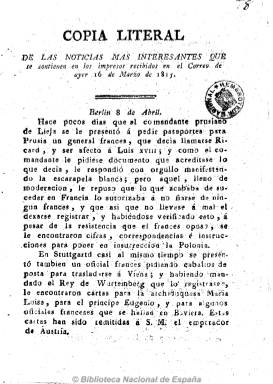
Título: Copia literal de las noticias más interesantes que se contienen en los impresos recibidos en el correo de ...
Otros títulos: Copia literal de las noticias más interesantes que traen los papeles de este correo
Colección: Periódicos anteriores a 1850
Ámbito geográfico: Sevilla
Lugar de publicación: Sevilla
Fechas: 16/03/1815-26/04/1820

Periódico del que se desconoce su periodicidad o si la tuvo fija, que salió “con licencia” de la imprenta sevillana de Padrino, desde principios de 1815 hasta 1820, en números de cuatro y ocho páginas. Estrictamente noticioso, tal como se desprende de su mismo título, publica noticias extractadas y breves tanto de Europa como de España, así como artículos de oficio, sacadas de otros periódicos e impresos, como la Gazeta de Madrid, durante un periodo de fuerte restricción de la libertad de expresión en el primer periodo del reinado de Fernando VII. También se tituló: Copia literal de las noticias más interesantes que traen los papeles de este correo, siguiéndole en la cabecera la fecha de publicación.